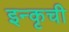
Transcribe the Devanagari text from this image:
इन्कृची